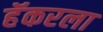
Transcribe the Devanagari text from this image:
हॅकरला